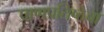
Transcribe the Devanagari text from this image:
प्राणप्रतिष्ठेचा